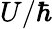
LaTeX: U/\hbar